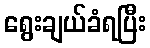
ရွေးချယ်ခံရပြီး